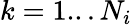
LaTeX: k=1...N_{i}